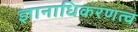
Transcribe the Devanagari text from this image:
ज्ञानाधिकरणत्व